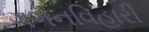
ગગનવિહારી